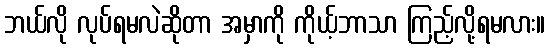
ဘယ်လို လုပ်ရမလဲဆိုတာ အမှာကို ကိုယ့်ဘာသာ ကြည့်လို့ရမလား။